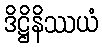
ဒိဋ္ဌိနိဿယံ